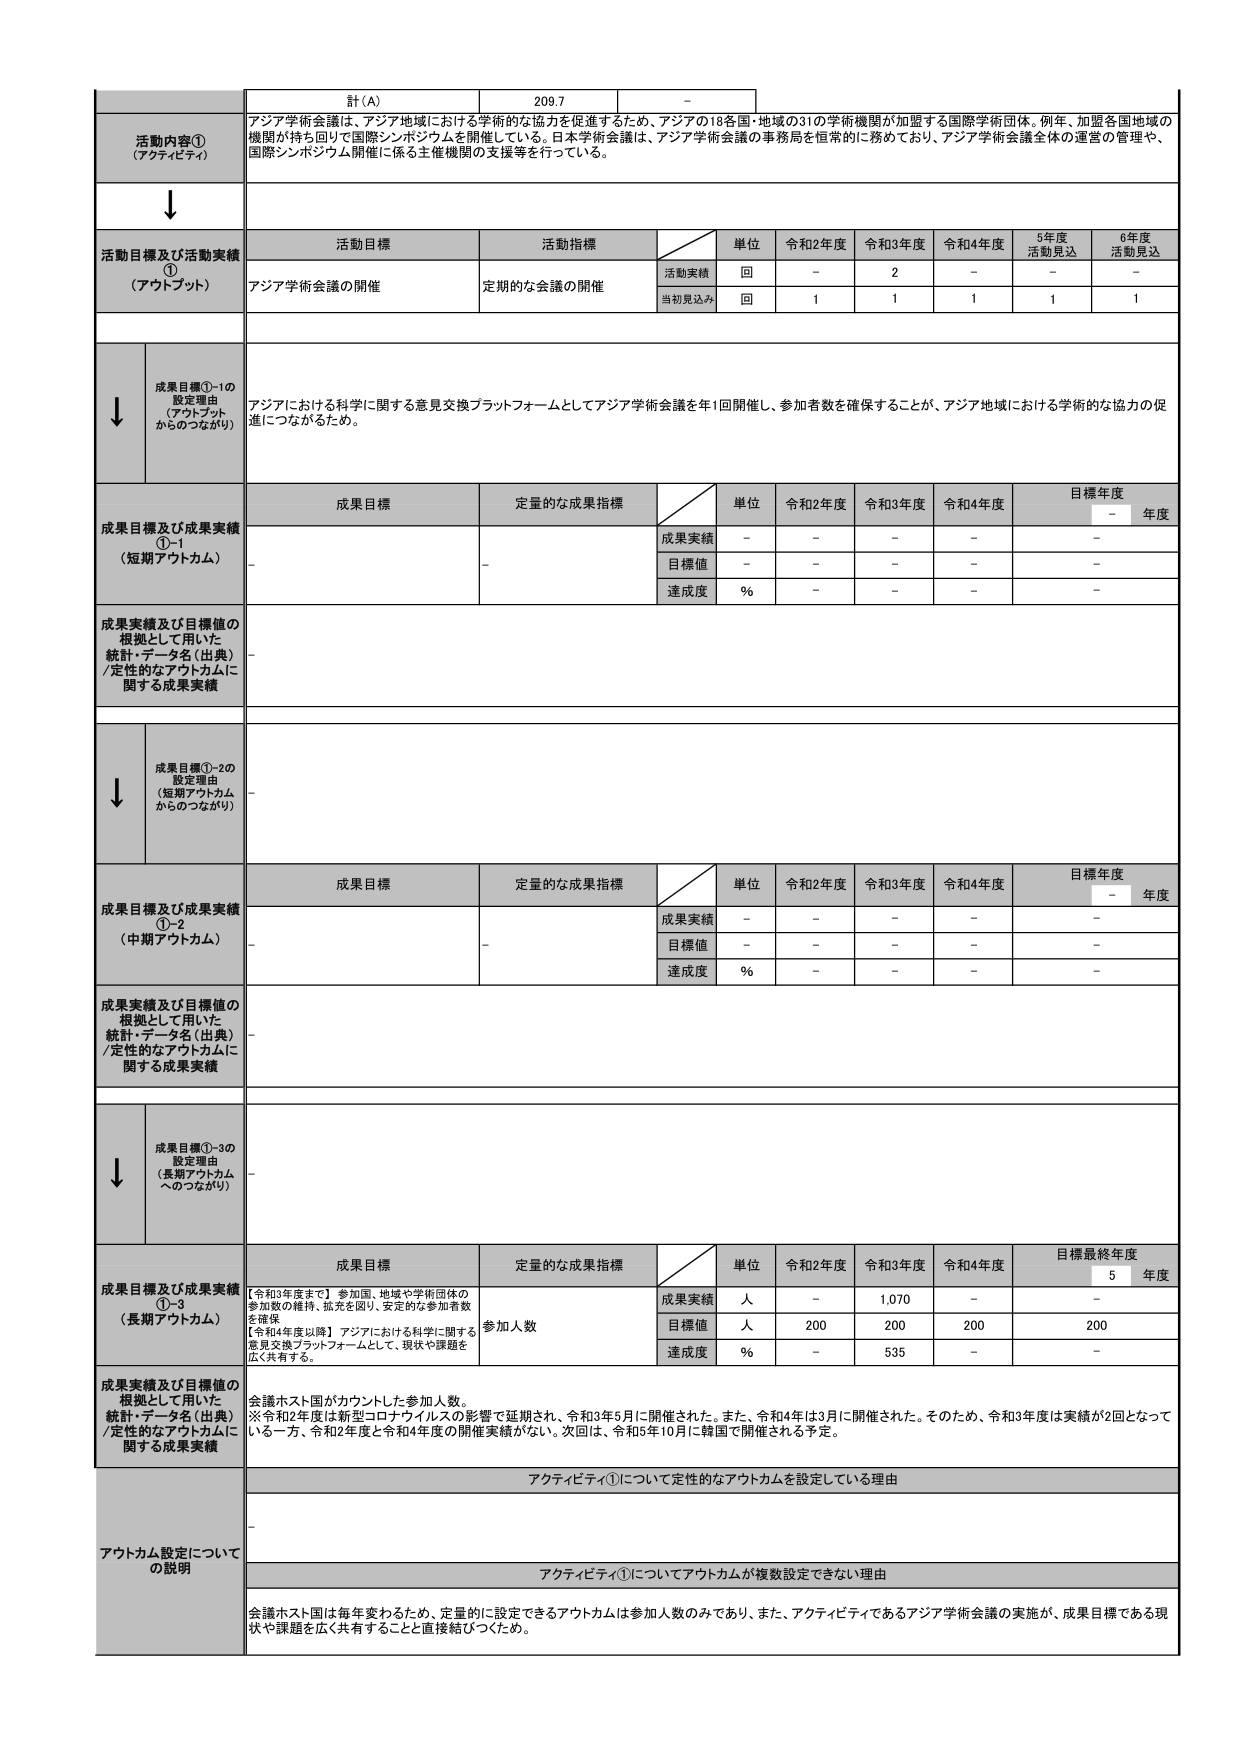
計(A) 209.7 -
活動内容① (アクティビティ) アジア学術会議は、アジア地域における学術的な協力を促進するため、アジアの18各国・地域の31の学術機関が加盟する国際学術団体。例年、加盟各国地域の機関が持ち回りで国際シンポジウムを開催している。日本学術会議は、アジア学術会議の事務局を恒常的に務めており、アジア学術会議全体の運営の管理や、国際シンポジウム開催に係る主催機関の支援等を行っている。
↓
活動目標及び活動実績① (アウトプット) 活動目標 活動指標 単位 令和2年度 令和3年度 令和4年度 5年度 活動見込 6年度 活動見込 アジア学術会議の開催 定期的な会議の開催 活動実績 回 - 2 - - - 当初見込み 回 1 1 1 1 1
↓ 成果目標①-1の設定理由 (アウトプットからのつながり) アジアにおける科学に関する意見交換プラットフォームとしてアジア学術会議を年1回開催し、参加者数を確保することが、アジア地域における学術的な協力の促進につながるため。
成果目標及び成果実績①-1 (短期アウトカム) 成果目標 定量的な成果指標 単位 令和2年度 令和3年度 令和4年度 目標年度 - 年度 - 成果実績 - - - - - 目標値 - - - - - 達成度 % - - - -
成果実績及び目標値の根拠として用いた統計・データ名(出典) /定性的なアウトカムに関する成果実績 -
↓ 成果目標①-2の設定理由 (短期アウトカムからのつながり) -
成果目標及び成果実績①-2 (中期アウトカム) 成果目標 定量的な成果指標 単位 令和2年度 令和3年度 令和4年度 目標年度 - 年度 - 成果実績 - - - - - 目標値 - - - - - 達成度 % - - - -
成果実績及び目標値の根拠として用いた統計・データ名(出典) /定性的なアウトカムに関する成果実績 -
↓ 成果目標①-3の設定理由 (長期アウトカムへのつながり) -
成果目標及び成果実績①-3 (長期アウトカム) 成果目標 定量的な成果指標 単位 令和2年度 令和3年度 令和4年度 目標最終年度 5 年度 【令和3年度まで】参加国、地域や学術団体の参加数の維持、拡充を図り、安定的な参加者数を確保 【令和4年度以降】アジアにおける科学に関する意見交換プラットフォームとして、現状や課題を広く共有する。 参加人数 成果実績 人 - 1,070 - - 目標値 人 200 200 200 200 達成度 % - 535 - -
成果実績及び目標値の根拠として用いた統計・データ名(出典) /定性的なアウトカムに関する成果実績 会議ホスト国がカウントした参加人数。 ※令和2年度は新型コロナウイルスの影響で延期され、令和3年5月に開催された。また、令和4年は3月に開催された。そのため、令和3年度は実績が2回となって いる一方、令和2年度と令和4年度の開催実績がない。次回は、令和5年10月に韓国で開催される予定。
アウトカム設定についての説明 アクティビティ①について定性的なアウトカムを設定している理由 - アクティビティ①についてアウトカムが複数設定できない理由 会議ホスト国は毎年変わるため、定量的に設定できるアウトカムは参加人数のみであり、また、アクティビティであるアジア学術会議の実施が、成果目標である現状や課題を広く共有することと直接結びつくため。